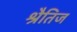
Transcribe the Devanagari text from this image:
श्रैतिज